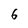
Character: 6